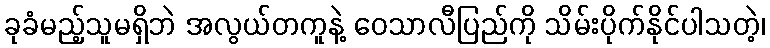
ခုခံမည့်သူမရှိဘဲ အလွယ်တကူနဲ့ ဝေသာလီပြည်ကို သိမ်းပိုက်နိုင်ပါသတဲ့၊